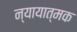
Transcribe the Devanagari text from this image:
न्यायात्मक